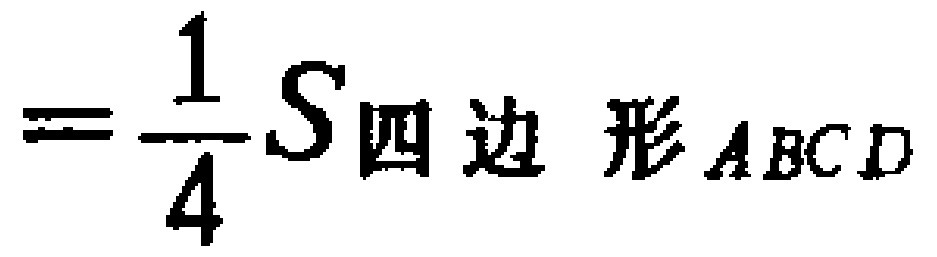
$=\frac{1}{4}S_{四边形ABCD}$